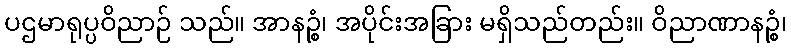
ပဌမာရုပ္ပဝိညာဉ် သည်။ အာနဉ္စံ၊ အပိုင်းအခြား မရှိသည်တည်း။ ဝိညာဏာနဉ္စံ၊